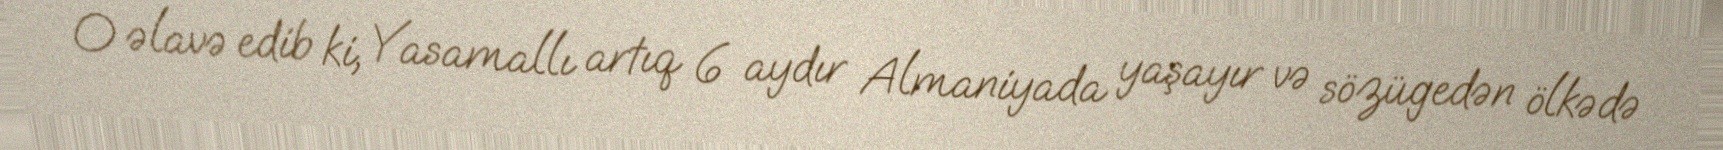
O əlavə edib ki, Yasamallı artıq 6 aydır Almaniyada yaşayır və sözügedən ölkədə